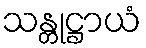
သန္တုဋ္ဌာယံ